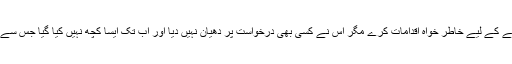
بنگلادیشی حکومت سے کئی بار کہا گیا ہے کہ وہ انصاف کو یقینی بنانے کے لیے خاطر خواہ اقدامات کرے مگر اُس نے کسی بھی درخواست پر دھیان نہیں دیا اور اب تک ایسا کچھ نہیں کیا گیا جس سے اندازہ ہو کہ بنگلادیشی حکومت انصاف کی فراہمی پر یقین رکھتی ہے۔